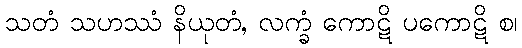
သတံ သဟဿံ နိယုတံ, လက္ခံ ကောဋိ ပကောဋိ စ၊